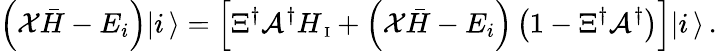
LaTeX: \left({\cal X}{\bar{H}}-E_{i}\right)|i\, \rangle=\left[\Xi^{\dagger}{\cal A}^{\dagger}H_{\mathrm{\scriptsize~I}}+\left({\cal X}{\bar{H}}-E_{i}\right)\left(1-\Xi^{\dagger}{\cal A}^{\dagger}\right)\right]|i\, \rangle\, .